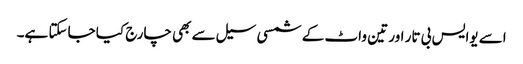
اسے یوایس بی تار اور تین واٹ کے شمسی سیل سے بھی چارج کیا جاسکتا ہے۔